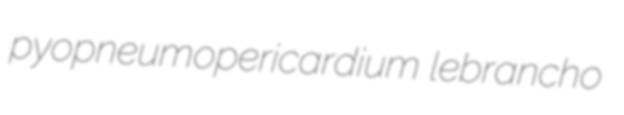
pyopneumopericardium lebrancho